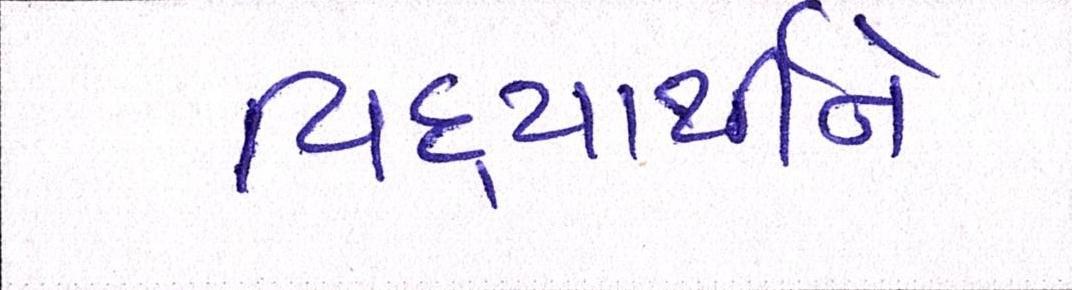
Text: વિદ્યાર્થીને